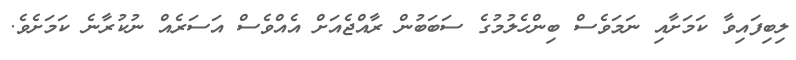
ލިބިފައިވާ ކަމަށާއި ނަމަވެސް ބިންހެލުމުގެ ސަބަބުން ރާއްޖެއަށް އެއްވެސް އަސަރެއް ނުކުރާނެ ކަމަށެވެ.